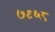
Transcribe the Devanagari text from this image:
७९६८